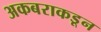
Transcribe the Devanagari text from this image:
अकबराकडून